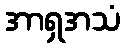
အာရှအသံ